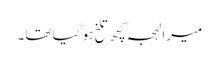
میرا لہجہ کچھ تلخ ہو گیا تھا۔